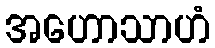
အဟောသာဟံ